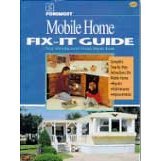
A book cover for Foremost Mobile Home Fix It Guide: Your Manufactured Home Repair Book; Foremost Real Estate Co; Reference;